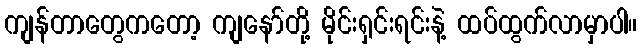
ကျန်တာတွေကတော့ ကျနော်တို့ မိုင်းရှင်းရင်းနဲ့ ထပ်ထွက်လာမှာပါ။